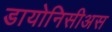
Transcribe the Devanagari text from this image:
डायोनिसीअस